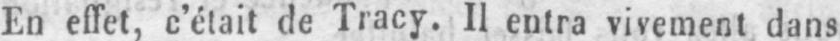
En effet, c’était de Tracy. II entra vivement dans